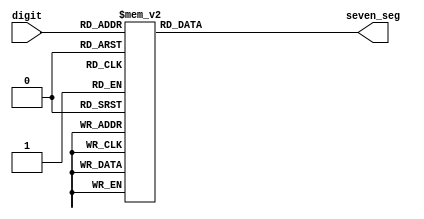
module Seven_Seg_Display(
    input [3:0] digit, // 4-bit value to be displayed, 0 thru 9
    output reg [6:0] seven_seg // cathodes of seven_seg display to be selected (pull LOW to turn seg ON)
    );
    
    // maps between segments and keywords
    parameter zero = 7'b100_0000;
    parameter one = 7'b111_1001;
    parameter two = 7'b010_0100;
    parameter three = 7'b011_0000;
    parameter four = 7'b001_1001;
    parameter five = 7'b001_0010;
    parameter six = 7'b000_0010;
    parameter seven = 7'b111_1000;
    parameter eight = 7'b000_0000;
    parameter nine = 7'b001_0000;
    
    always @(digit)
    case(digit)
    0: seven_seg = zero;
    1: seven_seg = one;
    2: seven_seg = two;
    3: seven_seg = three;
    4: seven_seg = four;
    5: seven_seg = five;
    6: seven_seg = six;
    7: seven_seg = seven;
    8: seven_seg = eight;
    9: seven_seg = nine;
    default: seven_seg = zero;
    endcase

endmodule